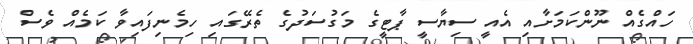
ހައްގެއް ނޫންކަމަށާއި އެއީ ސިޔާސީ ޕާޓީގެ މަގުސަދުގެ ތެރޭގައި ހިމެނިފައިވާ ކަމެއް ވެސް